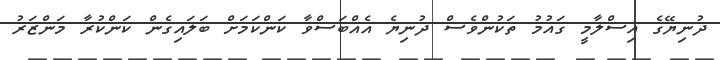
ދުނިޔޭގެ އިސްލާމީ ގައުމު ތަކުންވެސް ދުނިޔެ އެއްބަސްވާ ކަންކަމަށް ބަލައިގެން ކަންކުރާ މަންޒަރު